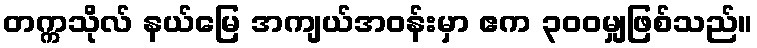
တက္ကသိုလ် နယ်မြေ အကျယ်အဝန်းမှာ ဧက ၃၀၀မျှဖြစ်သည်။